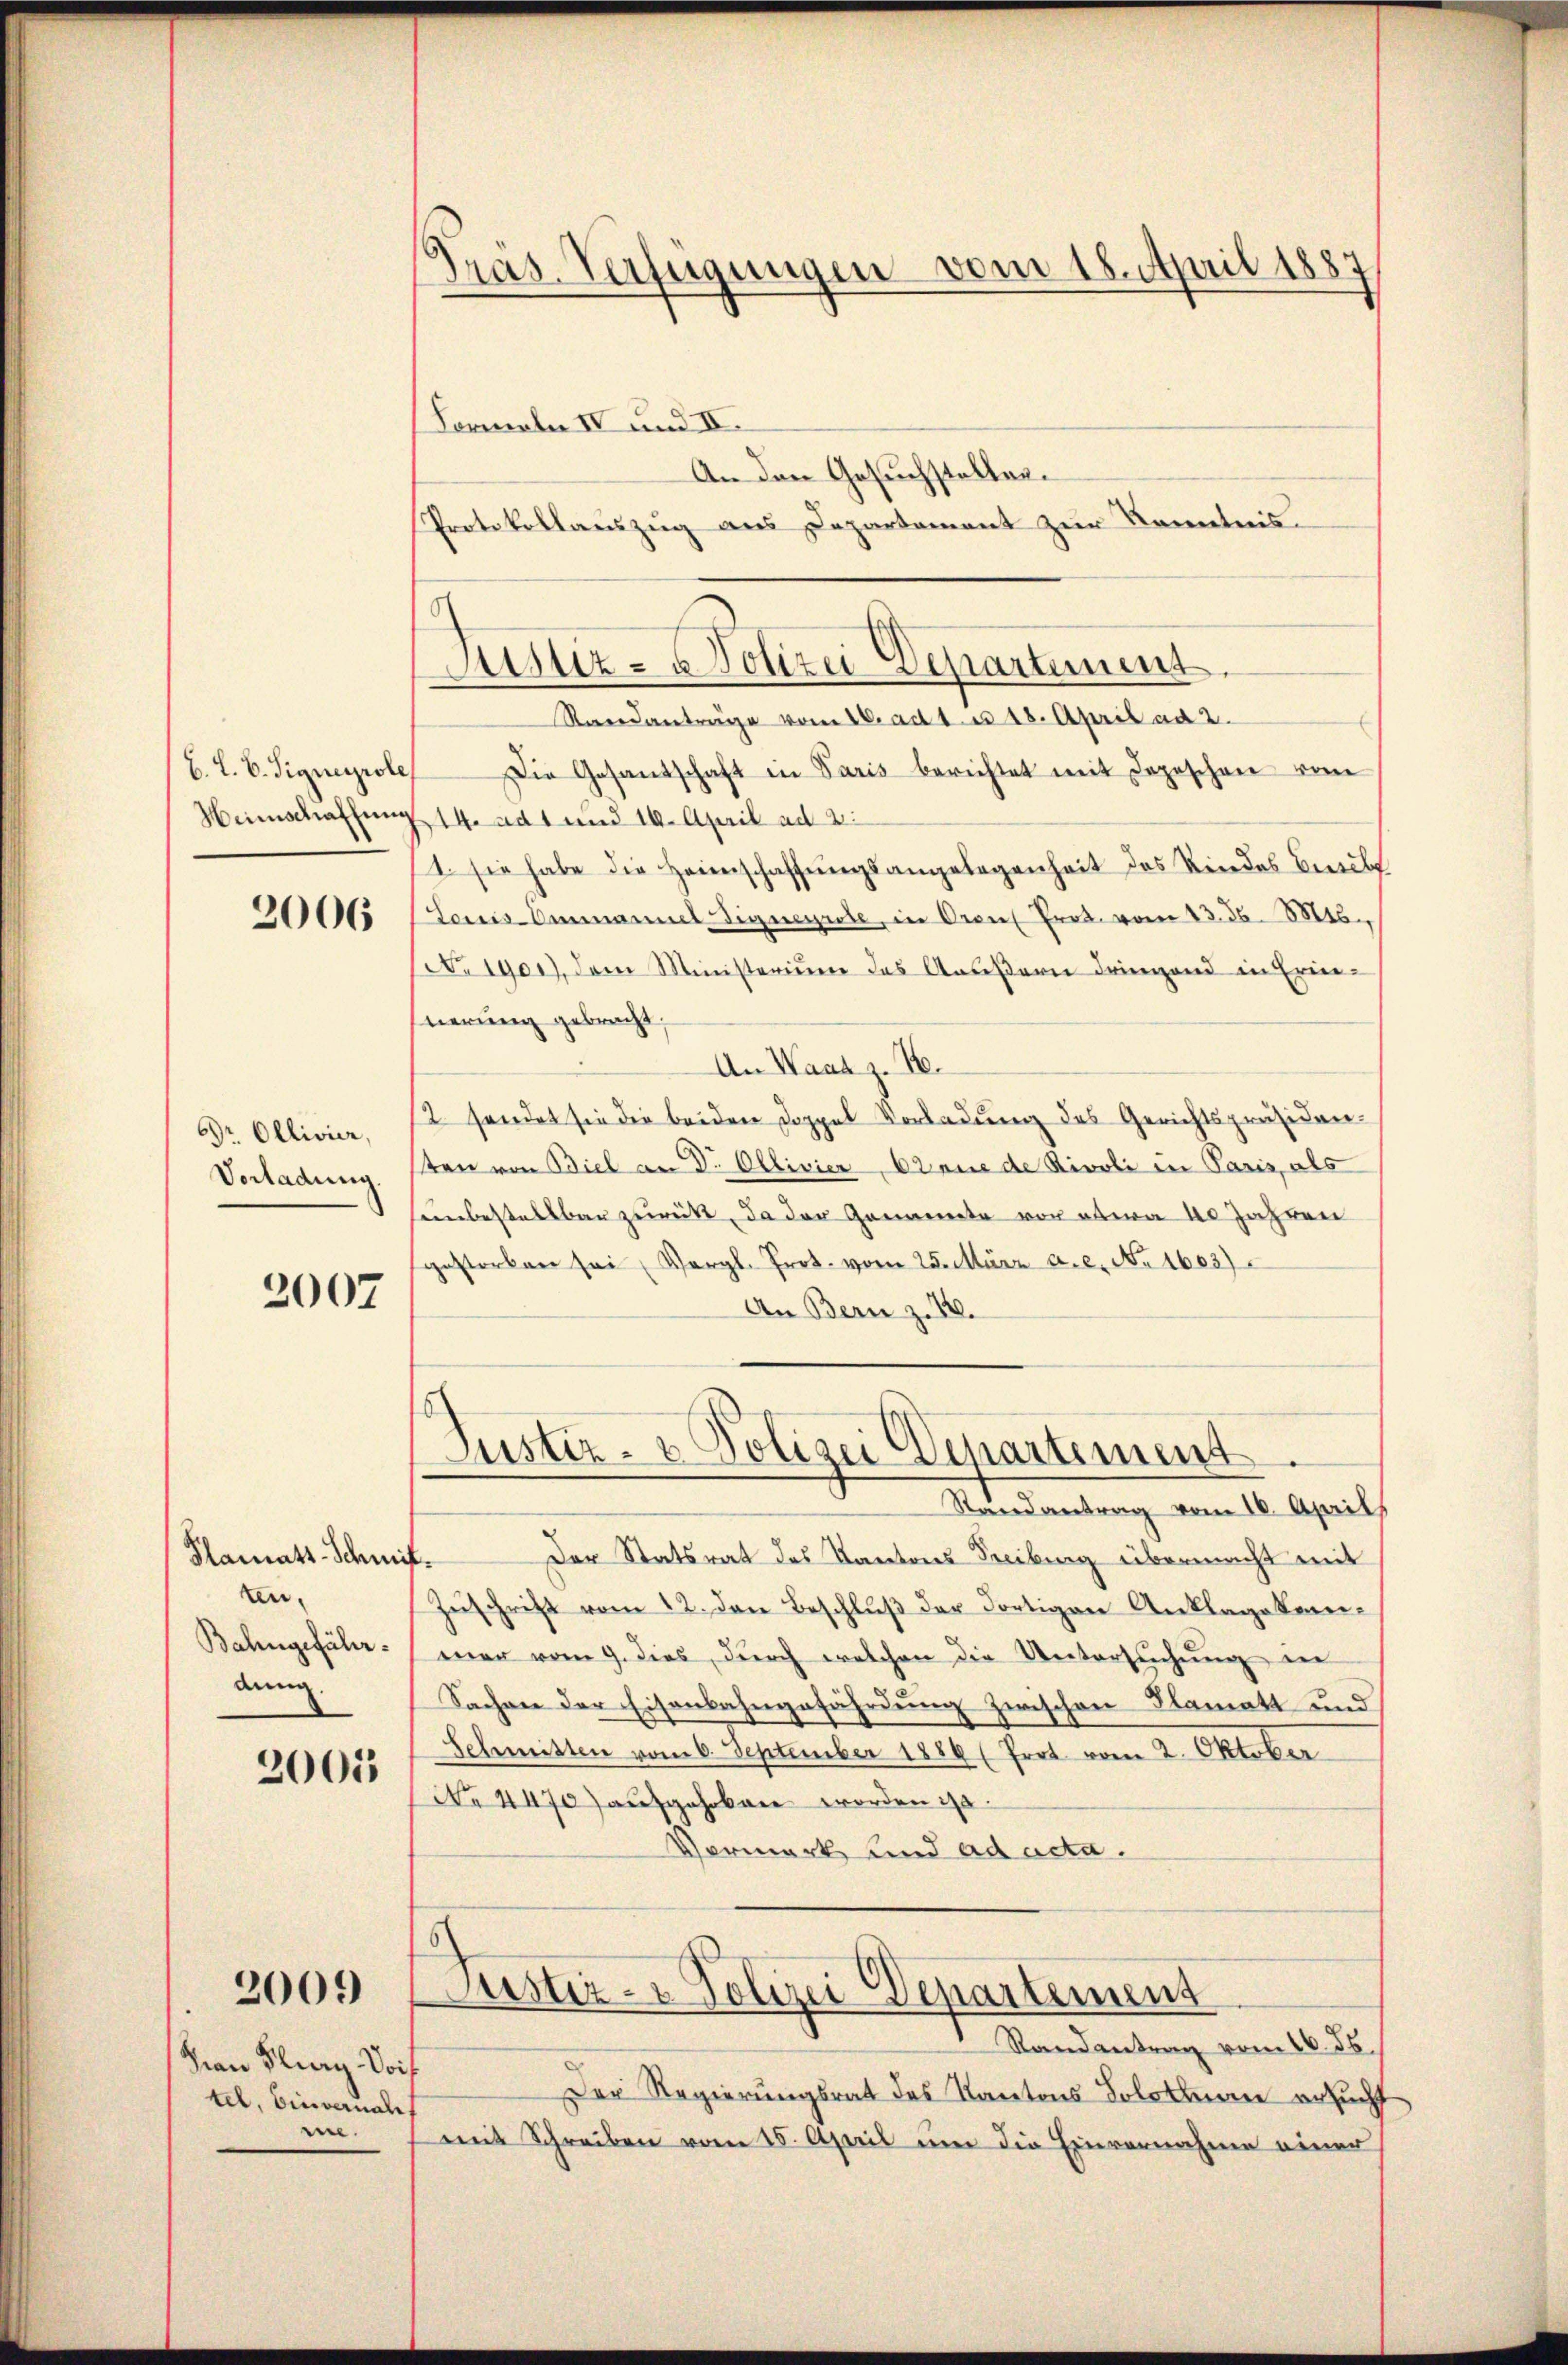
B. L. B. Signeyrole
Heimschaffung
2006

Dr. Ollivier,
Vorladung.

2007

Plamats-Schmi
En
Bahngefährdung

2005

2009

Han Flurg. Voi
tel, Einvernah
en.

Gras. Verfügungen vom 18. April 1887

Astiz- & Polizei Departement.

Formeln IV und II.
An den Gesuchsteller.
Protokollaŭszŭg aŭs Departament zŭr Kenntnis.
Rareanträge vom 26. ad 1. u 18. April ad 2.
Die Gesandschaft in Paris berichtet mit Depeschen vom
14. ad 1 und 10. April ad 2.
1. sie habe die Heimschaffungsangelegenheit des Kindes Beschl
Loris Ammannel Signeyrole, in Cron Prot. vom 13. 36. 816.
riger), dem Ministerium des Anseβern dringend in Erin-
uierung gebracht;
An Waar z. B.
12 sendet sie die beiden Doppel Vorladung des Gerichtspräsiden-
sten von Biel an Dr. Ollivier, Ebene de Rivoli in Paris, als
senbestelbar zurückt, da der Genannte von etwa 40 Jahren
gestorben sei, Vergl. Prot. vom 25. März a. c. No. 1663)
An Bern z. 12.

Justiz- & Polizei Departement

Randantrag vom 16. Aprils
Der Statsrat des Kantons Freibung übermacht mit
¬
Zuschrift vom 12. den Beschluß der dortigen Anklagekommer vom 9. dies, durch welchen die Untersuchung in
Sachen der Eisenbahngefährdung zwischen Flamatt und
Schmitten vom 6. September 1886/ Prot vom 2. Oktober
Nr 4470) aufgehoben worden ist.
Vormerk und ad acta.
Justiz- & Polizei Departement
Randantrag vom 16. ds.
Der Regierungsrat des Kantons Soloten ersucht
mit Schreiben vom 15. April um die Einvernahme einer